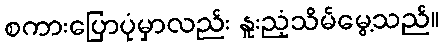
စကားပြောပုံမှာလည်း နူးညံ့သိမ်မွေ့သည်။